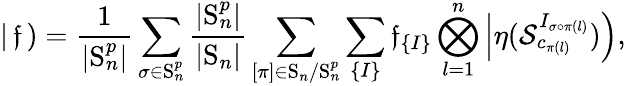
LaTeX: \left|\, \mathfrak{f}\, \right)=\frac{1}{|\mathrm{S}_{n}^{p}|}\sum_{\sigma\in\mathrm{S}_{n}^{p}}\frac{|\mathrm{S}_{n}^{p}|}{|\mathrm{S}_{n}|}\sum_{[{\pi}]\in\mathrm{S}_{n}/\mathrm{S}_{n}^{p}}\sum_{\left\lbrace I\right\rbrace}\mathfrak{f}_{\left\lbrace I\right\rbrace}\bigotimes_{l=1}^{n}\left|\eta(\mathcal{S}_{c_{\pi(l)}}^{I_{\sigma\circ\pi(l)}})\right),